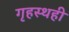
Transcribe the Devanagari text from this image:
गृहस्थही